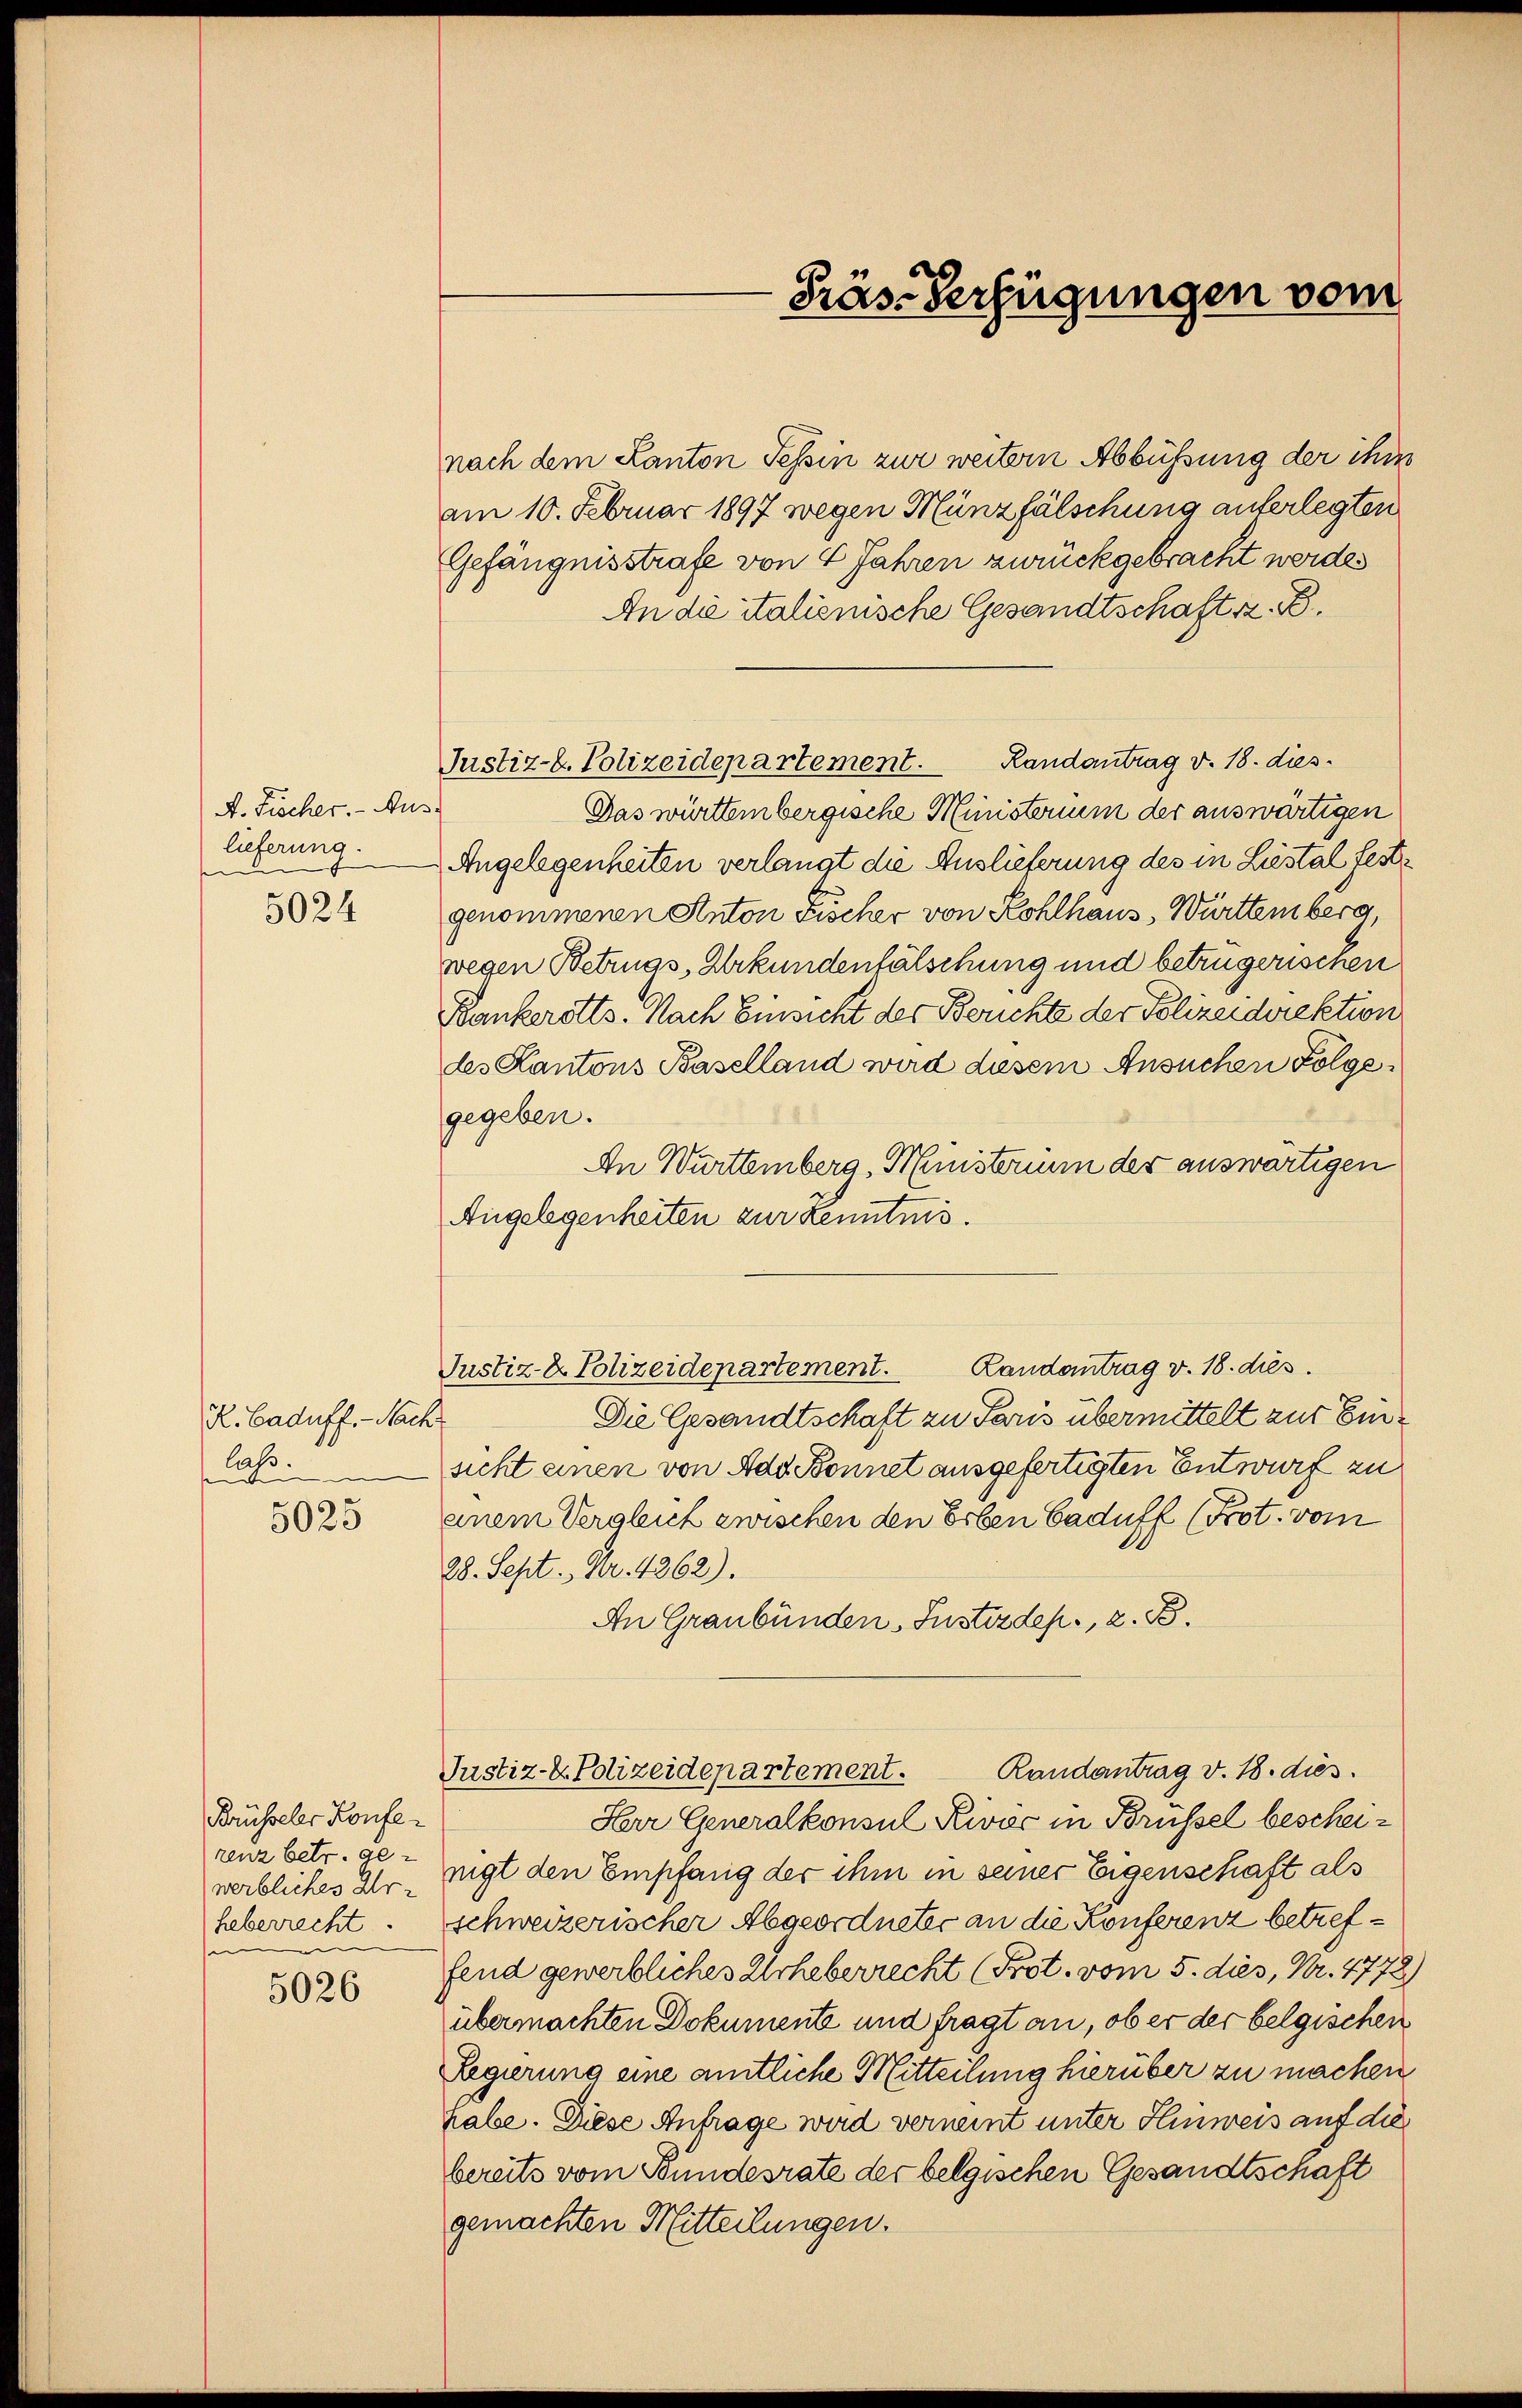
A. Fischer. - Aus-
lieferung.
e
5024

R. Caduff. - Nach
laß.
5025

Brüsseler Konfewerbliches Ur-
heberrecht.

5026

nach dem Kanton Tessin zur weitern Abbüßung der ihm
am 10. Februar 1897 wegen Münzfälschung unterlegten
Gefängnisstrafe von 4 Jahren zurückgebracht werden
An die italienische Gesandtschaft z. B.
Justiz-C. Polizeidepartement. Randantrag v. 18. dies
Das württembergische Ministerium der auswärtigen
Angelegenheiten verlangt die Auslieferung des in Liestal festgenommenen Anton Fischer von Rohlhaus, Württemberg,
wegen Betrugs-Urkundenfälschung und betrügerischen
Bankerotts. Nach Einsicht des Berichte der Polizeidirektion
des Kantons Baselland wird diesem Ansuchen Folgegegeben.
An Württemberg, Ministerium der auswärtigen
Angelegenheiten zur Kenntnis.
Landantrag v. 18. dies
Justiz- & Polizeidepartement.
Die Gesandtschaft zu Paris übermittelt zur Einsicht einen von Add Bonnet ausgefertigten Entwurf zu
einem Vergleich zwischen den Erben baduff (Prot. vom
28. Sept., Nr. 4262).
An Graubünden, Justizdep., z. B.
Randantrag v. 18. dies
Justiz- & Polizeidepartement.
Herr Generalkonsul Rivoc in Brüssel bescheirenz betr. ge- nigt den Empfang der ihm in seiner Eigenschaft als
schweizerischer Abgeordneter an die Konferenz betreffend gewerbliches Urheberrecht (Prot. vom 5. dies, Nr. 4778)
übermachten Dokumente und fragt an, ob er der belgischen
Regierung eine amtliche Mitteilung hierüber zu machen
habe. Diese Antrage wird verneint unter Hinweis auf die
bereits vom Bundesrate der belgischen Gesandtschaft
gemachten Mitteilungen.

Präs. Verfügungen vom